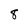
Character: 8